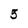
Character: 5